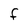
Character: F